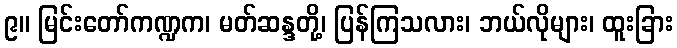
၉။ မြင်းတော်ကဏ္ဍက၊ မတ်ဆန္ဒတို့၊ ပြန်ကြသလား၊ ဘယ်လိုများ၊ ထူးခြား